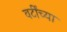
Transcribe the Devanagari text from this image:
वर्टींच्या